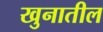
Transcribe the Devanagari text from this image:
खुनातील